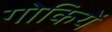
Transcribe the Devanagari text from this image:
गोकियें